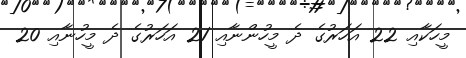
މީހަކާއި 22 އަހަރުގެ ދެ މީހުންނާއި 21 އަހަރުގެ ދެ މީހުނާއި 20